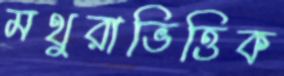
মথুরাভিত্তিক